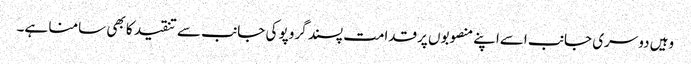
وہیں دوسری جانب اسےاپنے منصوبوں پرقدامت پسند گروپو کی جانب سے تنقید کا بھی سامنا ہے۔